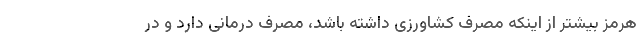
هرمز بیشتر از اینکه مصرف کشاورزی داشته باشد، مصرف درمانی دارد و در